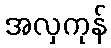
အလှကုန်